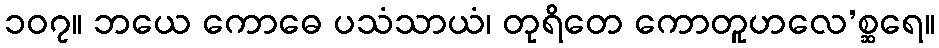
၁၀၇။ ဘယေ ကောဓေ ပသံသာယံ၊ တုရိတေ ကောတူဟလေ’စ္ဆရေ။